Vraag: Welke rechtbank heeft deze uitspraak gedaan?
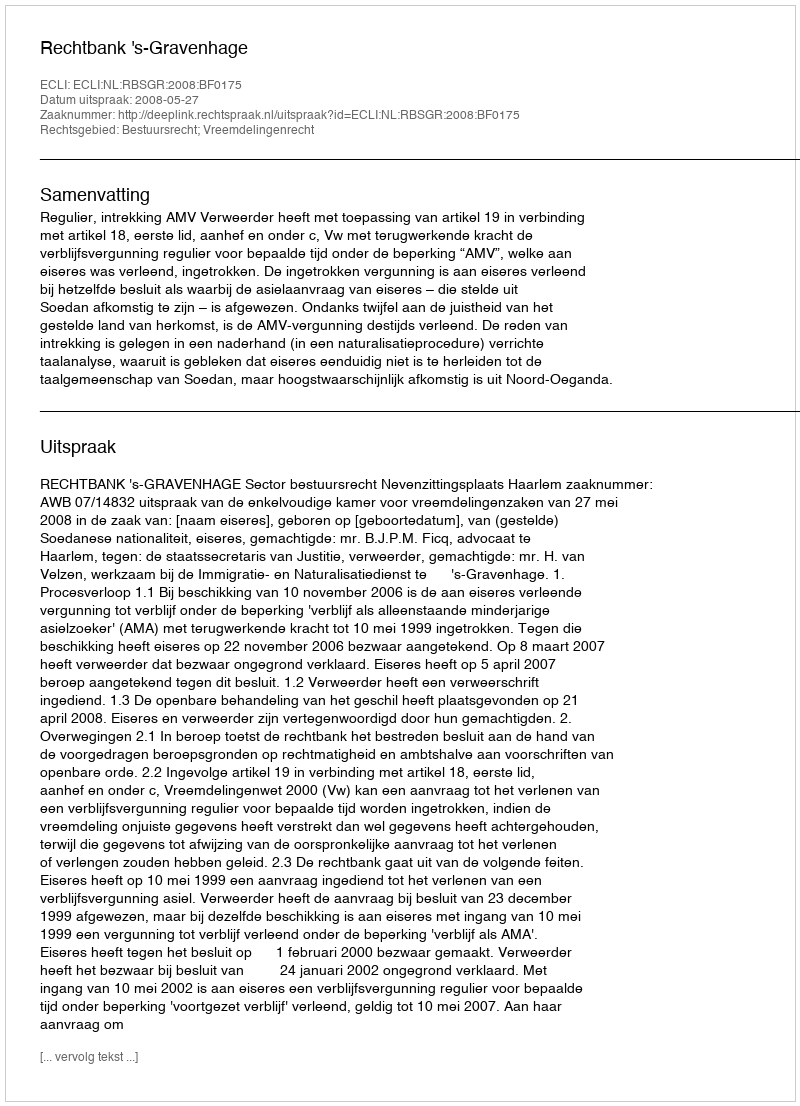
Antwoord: Rechtbank 's-Gravenhage